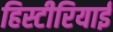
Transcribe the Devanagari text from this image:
हिस्टीरियाई